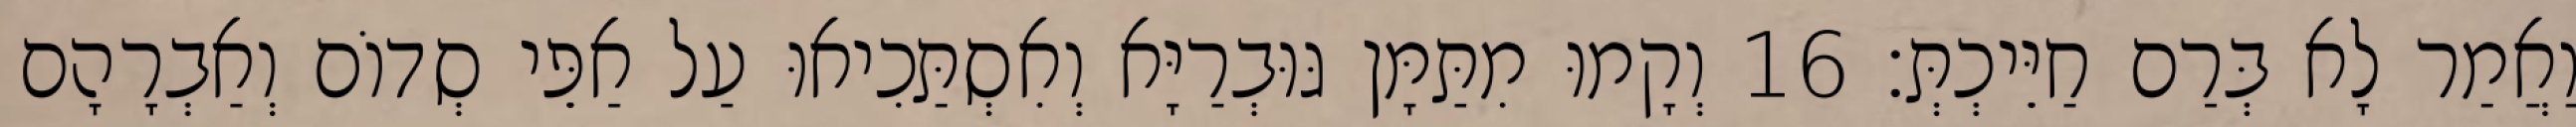
וַאֲמַר לָא בְּרַם חַיֵּיכְתְּ׃ 16 וְקָמוּ מִתַּמָּן גּוּבְרַיָּא וְאִסְתַּכִיאוּ עַל אַפֵּי סְדוֹם וְאַבְרָהָם